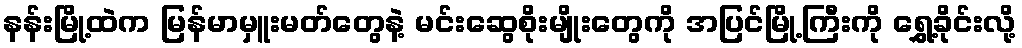
နန်းမြို့ထဲက မြန်မာမှူးမတ်တွေနဲ့ မင်းဆွေစိုးမျိုးတွေကို အပြင်မြို့ကြီးကို ရွှေ့ခိုင်းလို့